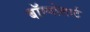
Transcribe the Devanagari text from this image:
बॉम्वोलार्ट